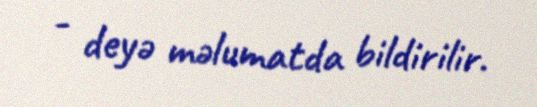
- deyə məlumatda bildirilir.